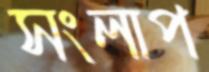
সংলাপ